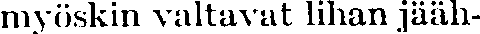
myöskin valtavat lihan jääh-